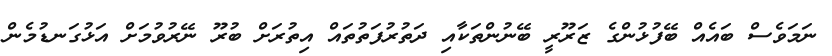
ނަމަވެސް ބައެއް ބޭފުޅުންގެ ޒަރޫރީ ބޭނުންތަކާއި ދަތުރުފަތުތައް އިތުރަށް ބުރޫ ނޭރުވުމަށް އަޅުގަނޑުމެން